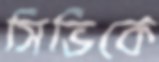
সিভিকে